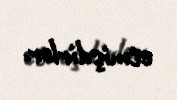
etmişdirlər.